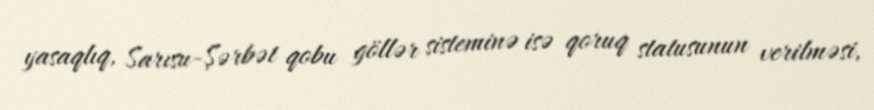
yasaqlıq, Sarısu-Şərbət qobu göllər sisteminə isə qoruq statusunun verilməsi,